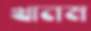
খানম